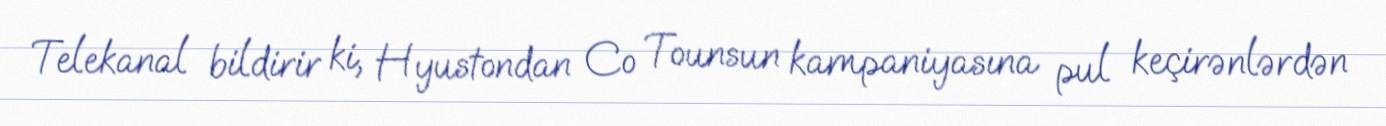
Telekanal bildirir ki, Hyustondan Co Tounsun kampaniyasına pul keçirənlərdən